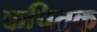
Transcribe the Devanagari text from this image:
कपितक